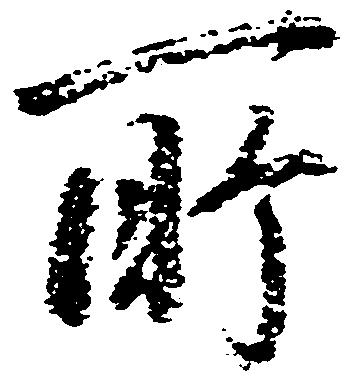
所